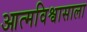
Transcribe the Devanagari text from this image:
आत्मविश्वासाला